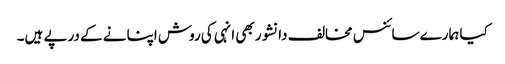
کیا ہمارے سائنس مخالف دانشور بھی انہی کی روش اپنانے کے درپے ہیں۔